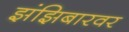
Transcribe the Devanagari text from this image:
झंझिबारवर